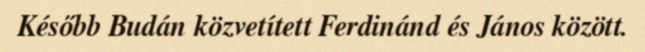
Később Budán közvetített Ferdinánd és János között.